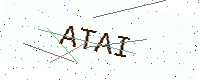
Text: ATAI